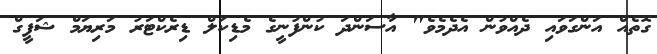
ގޮތެއް އަންގަވައި ދެއްވުން އެދެމެވެ" އާސަންދަ ކުންފުނީގެ މެޑިކަލް ޑިރެކްޓަރު މަރިޔަމް ޝަފީގް